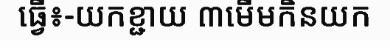
ធ្វើ៖-យកខ្ជាយ ៣មើមកិនយក